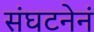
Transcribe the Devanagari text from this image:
संघटनेनं